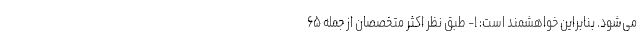
می‌شود. بنابراین خواهشمند است: ۱- طبق نظر اکثر متخصصان از جمله ۶۵